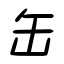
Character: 缶